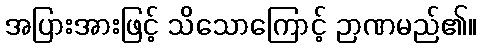
အပြားအားဖြင့် သိသောကြောင့် ဉာဏမည်၏။